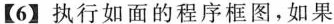
【6】执行如面的程序框图，如果